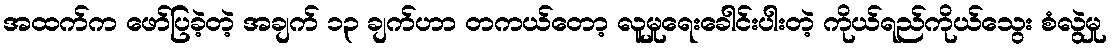
အထက်က ဖော်ပြခဲ့တဲ့ အချက် ၁၃ ချက်ဟာ တကယ်တော့ လူမှုရေးခေါင်းပါးတဲ့ ကိုယ်ရည်ကိုယ်သွေး စံလွဲမှု